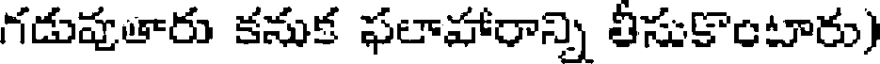
గడుపుతారు కనుక ఫలాహారాన్ని తీసుకొంటారు)